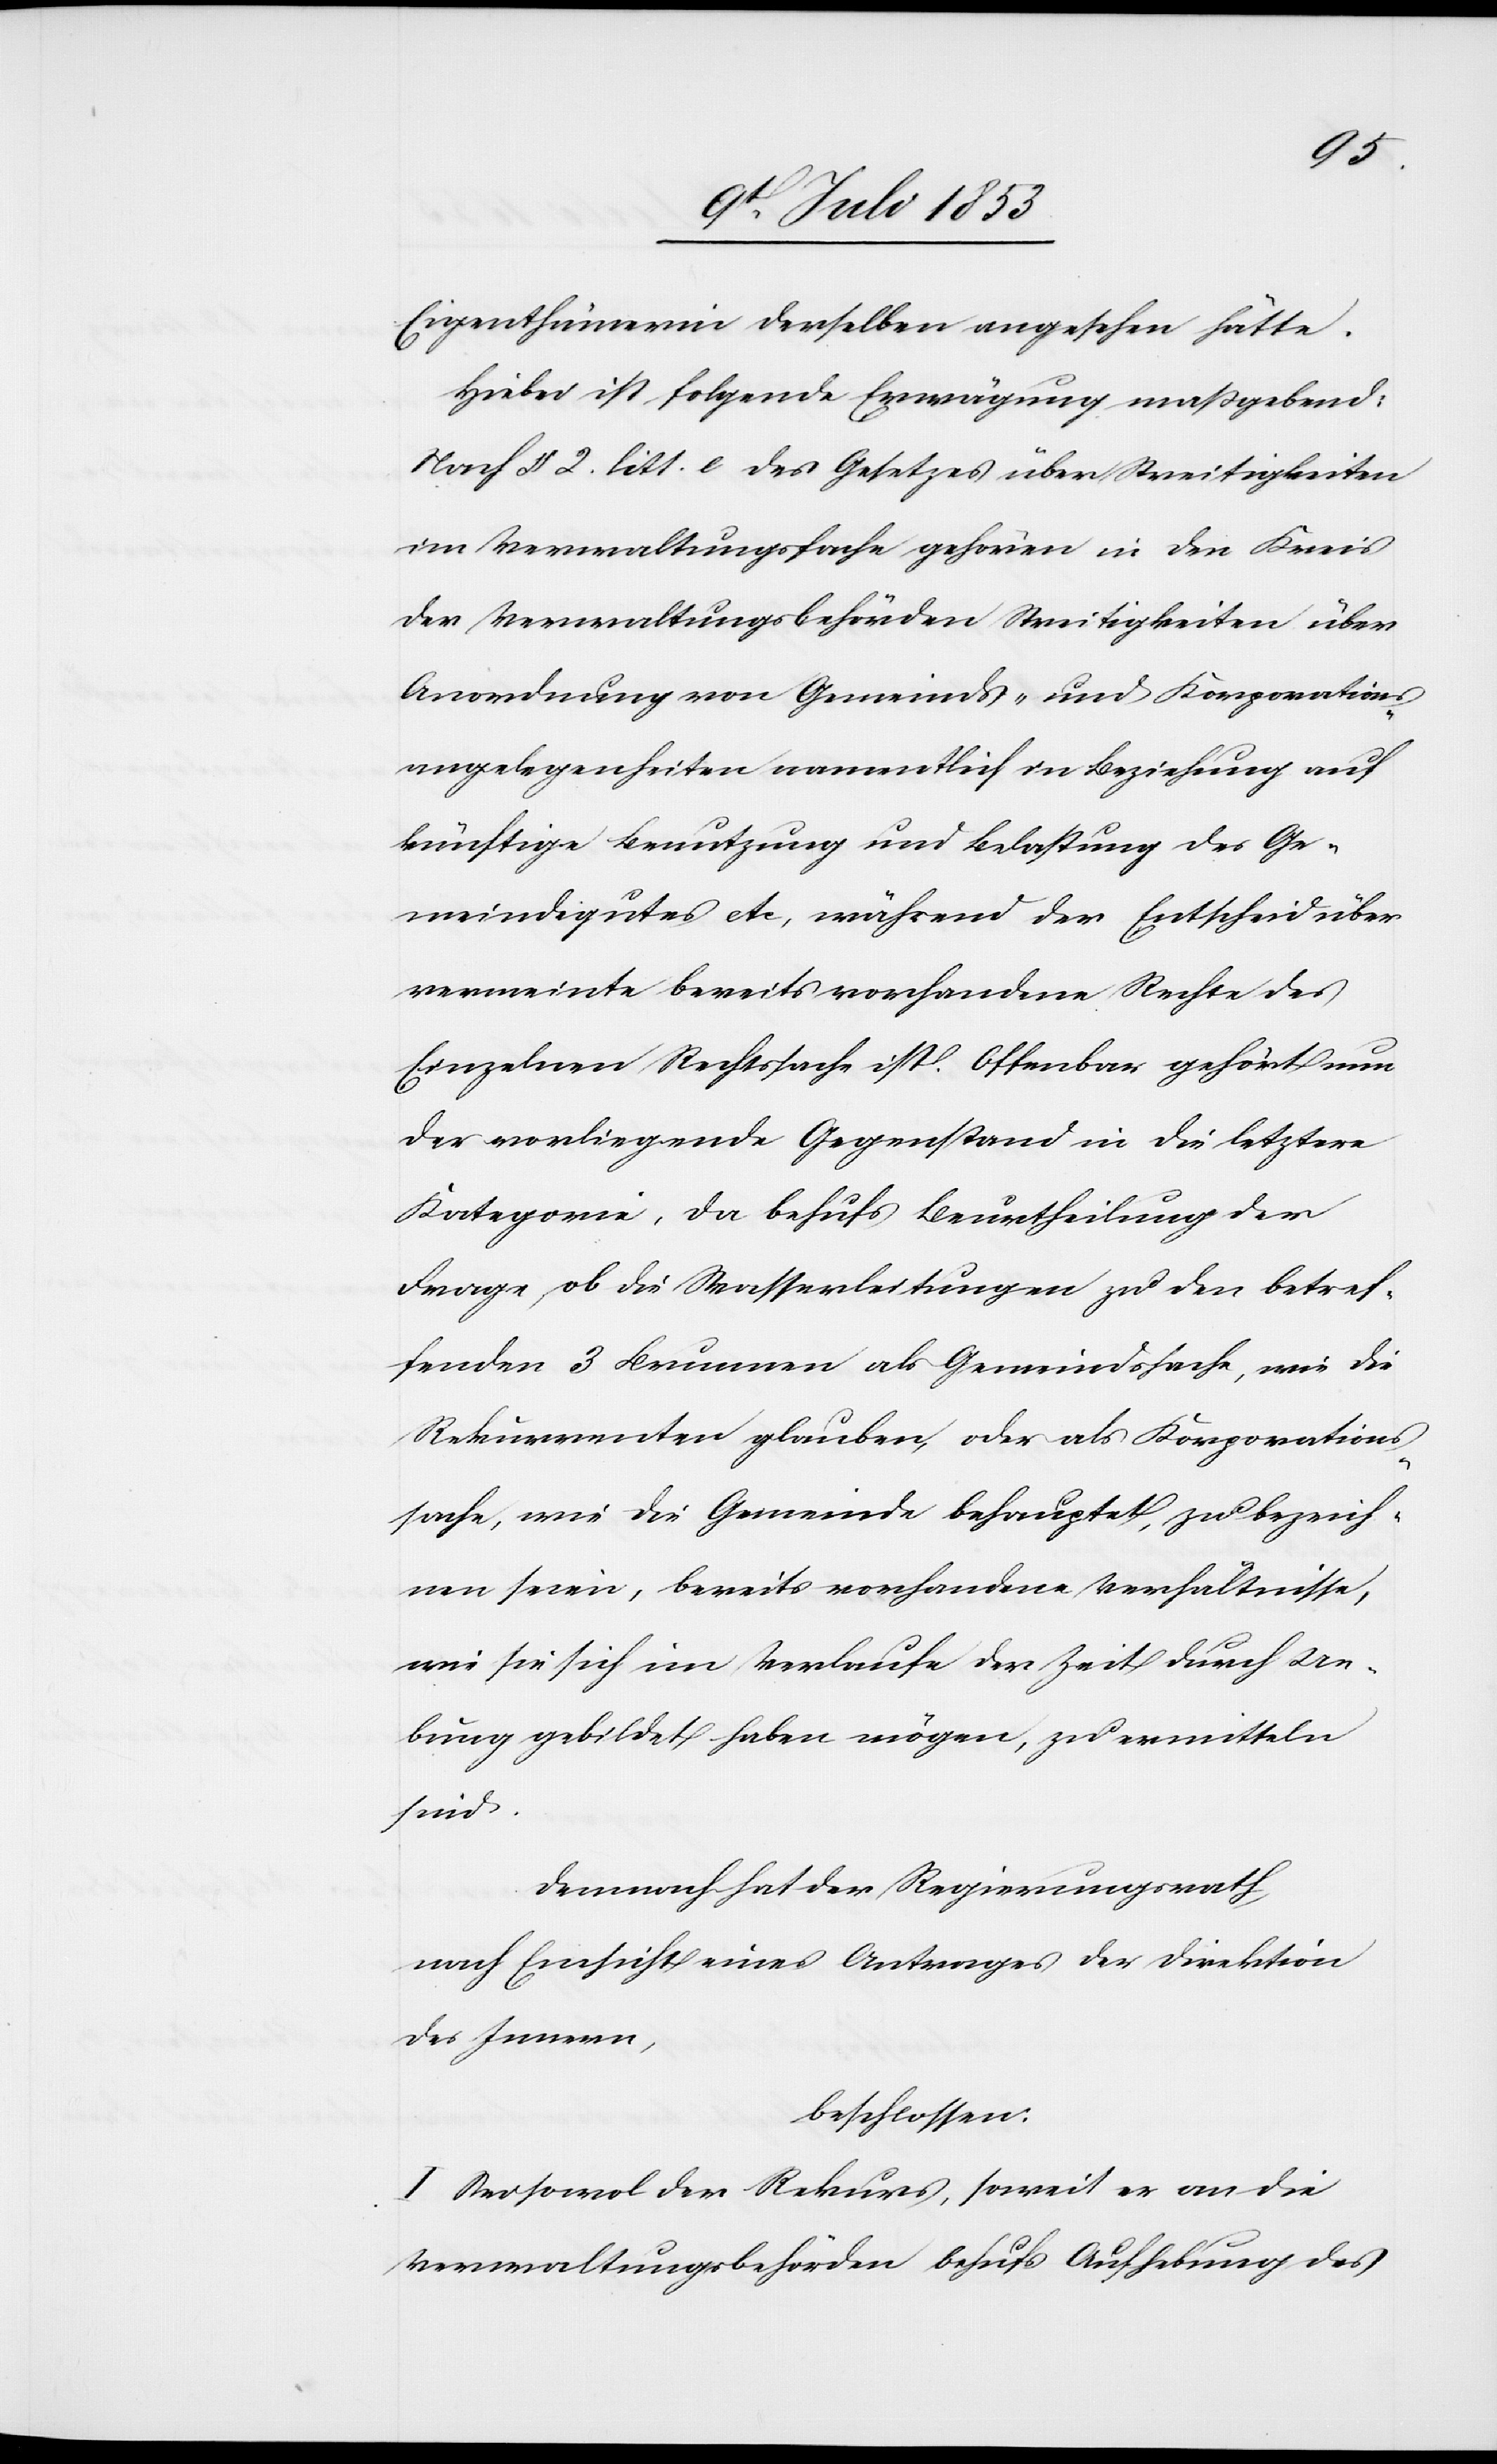
Eigenthümerin derselben angesehen hätte.
Hiebei ist folgende Erwägung maßgebend:
Nach § 2 litt. c. des Gesetzes über Streitigkeiten
im Verwaltungsfache gehören in den Kreis
der Verwaltungsbehörden Streitigkeiten über
Anordnung von Gemeinds- und Korporations¬
angelegenheiten namentlich in Beziehung auf
künftige Benutzung und Belastung des Ge¬
meindgutes etc, während der Entscheid über
vermeinte bereits vorhandene Rechte des
Einzelnen Rechtssache ist. Offenbar gehört nun
der vorliegende Gegenstand in die letztere
Kategorie, da behufs Beurtheilung der
Frage, ob die Wasserleitungen zu den betref¬
fenden 3 Brunnen als Gemeindssache, wie die
Rekurrenten glauben, oder als Korporations¬
sache, wie die Gemeinde behauptet, zu bezeich¬
nen seien, bereits vorhandene Verhältnisse,
wie sie sich im Verlaufe der Zeit durch Ue¬
bung gebildet haben mögen, zu ermitteln
sind.
Demnach hat der Regierungsrath,
nach Einsicht eines Antrages der Direktion
des Innern,
beschlossen:
I. Sei sowol der Rekurs, soweit er an die
Verwaltungsbehörden behufs Aufhebung des